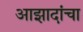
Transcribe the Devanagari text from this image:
आझादांचा